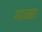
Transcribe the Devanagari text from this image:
गाम्मा